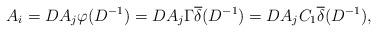
LaTeX: \begin{align*}A_i=DA_j\varphi(D^{-1})=DA_j\Gamma \overline{\delta}(D^{-1})=DA_jC_1 \overline{\delta}(D^{-1}),\end{align*}